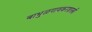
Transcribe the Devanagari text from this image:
बाभुळगावकरशास्त्री